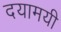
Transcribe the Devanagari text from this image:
दयामयी